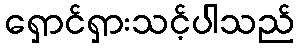
ရှောင်ရှားသင့်ပါသည်